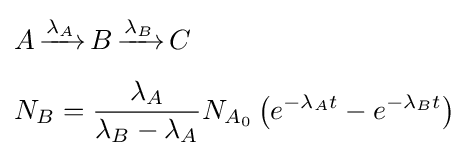
{\begin{aligned}&A\,{\xrightarrow {\lambda _{A}}}\,B\,{\xrightarrow {\lambda _{B}}}\,C\\[4pt]&N_{B}={\frac {\lambda _{A}}{\lambda _{B}-\lambda _{A}}}N_{A_{0}}\left(e^{-\lambda _{A}t}-e^{-\lambda _{B}t}\right)\end{aligned}}